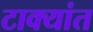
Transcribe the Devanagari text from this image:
टाक्यांत